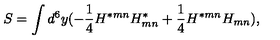
S = \int d ^ { 6 } y ( - { \frac { 1 } { 4 } } H ^ { * m n } H _ { m n } ^ { * } + { \frac { 1 } { 4 } } H ^ { * m n } H _ { m n } ) ,